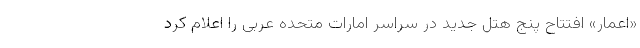
«اعمار» افتتاح پنج هتل جدید در سراسر امارات متحده عربی را اعلام کرد